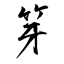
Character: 笌